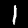
Digit: 1